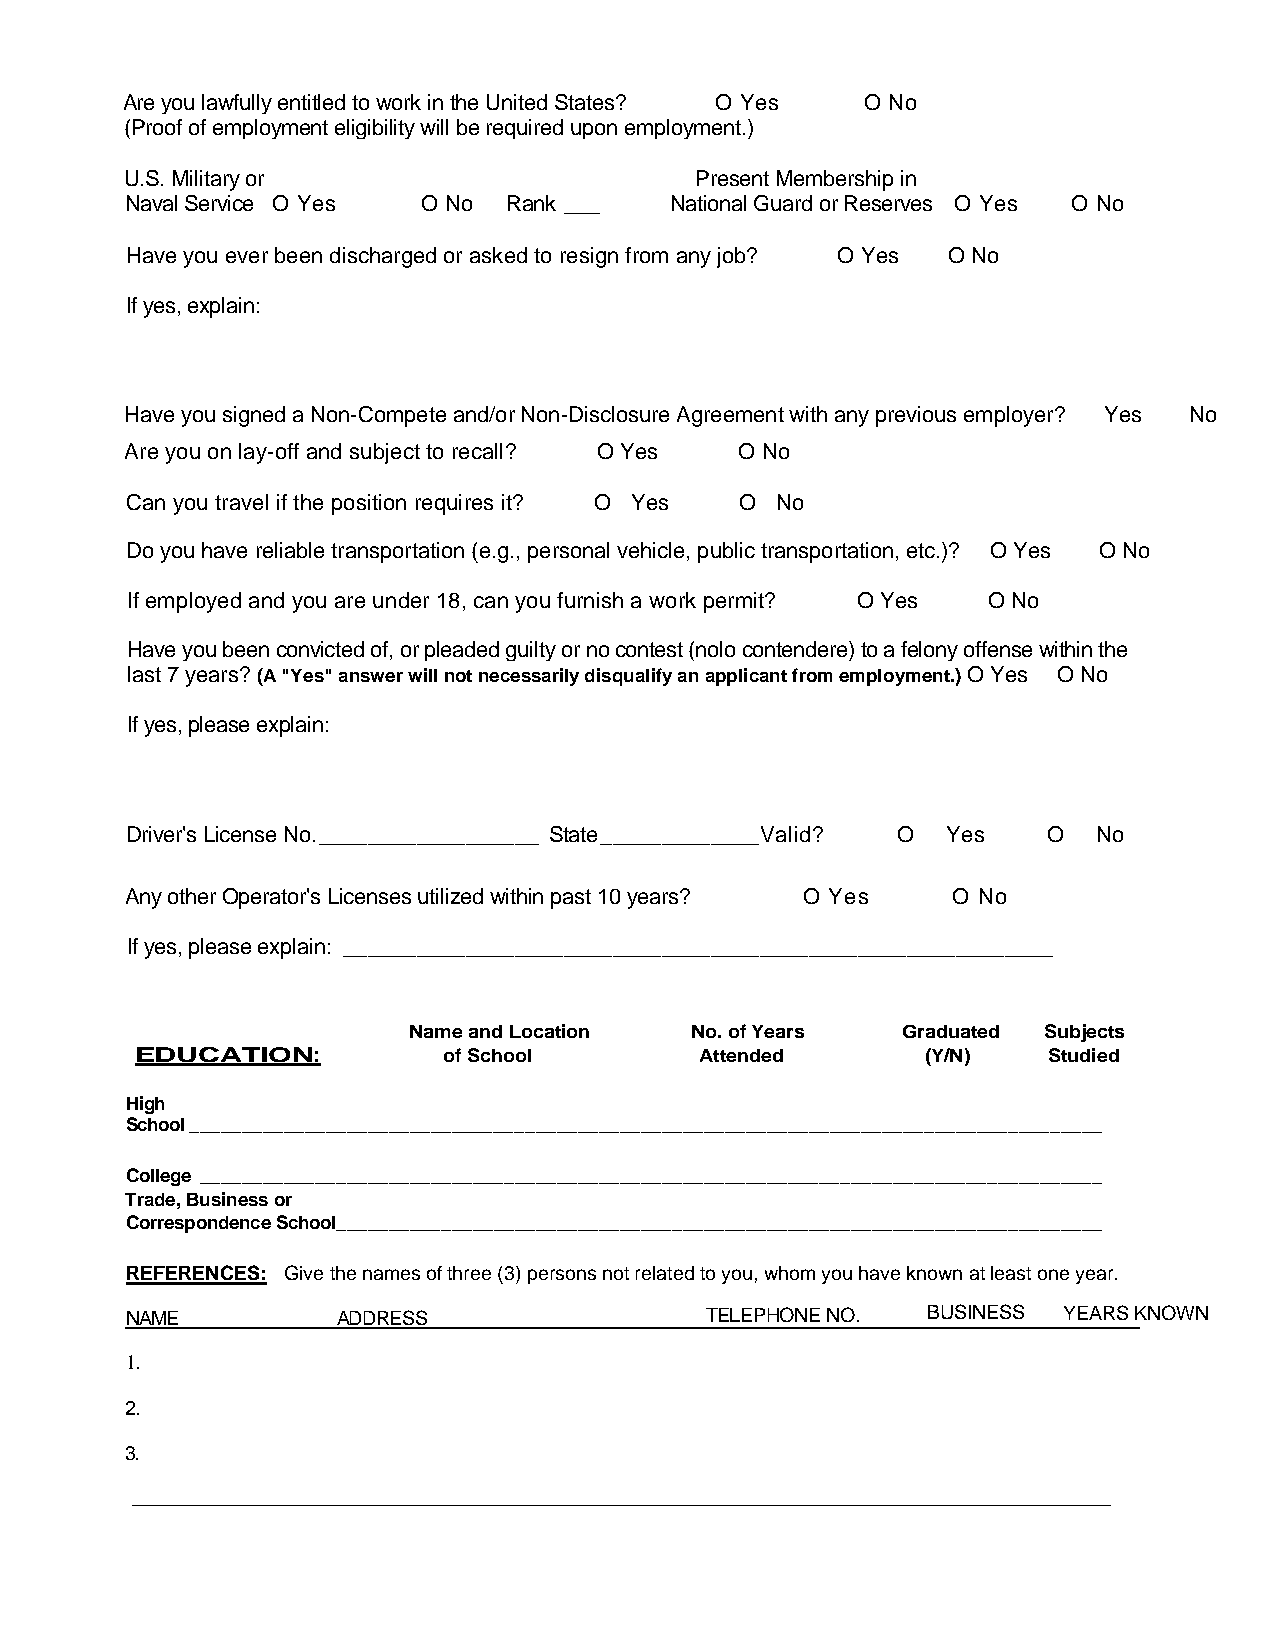
Are you lawfully entitled to work in the United States? O Yes O No
 (Proof of employment eligibility will be required upon employment.)
 U.S. Military or                      Present Membership in
 Naval Service O Yes O No Rank ___   National Guard or Reserves O Yes O No
 Have you ever been discharged or asked to resign from any job? O Yes O No
 If yes, explain:
 Have you signed a Non-Compete and/or Non-Disclosure Agreement with any previous employer? Yes No
 Are you on lay-off and subject to recall? O Yes O No
 Can you travel if the position requires it? O Yes O No
 Do you have reliable transportation (e.g., personal vehicle, public transportation, etc.)? O Yes O No
 If employed and you are under 18, can you furnish a work permit? O Yes O No
 Have you been convicted of, or pleaded guilty or no contest (nolo contendere) to a felony offense within the
 last 7 years? (A "Yes" answer will not necessarily disqualify an applicant from employment.) O Yes O No
 If yes, please explain:
 Driver's License No. __________________ State _____________ Valid? O Yes O No
 Any other Operator's Licenses utilized within past 10 years? O Yes O No
 If yes, please explain: __________________________________________________________
 Name and Location  No. of Years  Graduated Subjects
 EDUCATION:          of School        Attended       (Y/N)   Studied
 High
 School _______________________________________________________________________________________
 College ______________________________________________________________________________________
 Trade, Business or
 Correspondence School_________________________________________________________________________
 REFERENCES: Give the names of three (3) persons not related to you, whom you have known at least one year.
 NAME          ADDRESS                  TELEPHONE NO. BUSINESS YEARS KNOWN
 1.
 2.
 3.
 _________________________________________________________________________________________